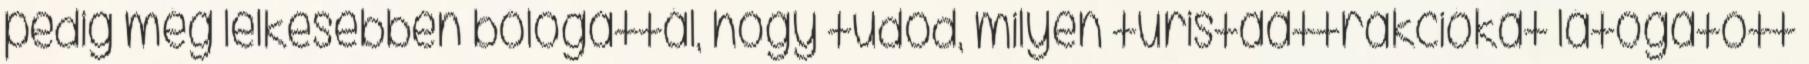
pedig még lelkesebben bólogattál, hogy tudod, milyen turistaattrakciókat látogatott